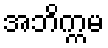
အဘိက္ကမ